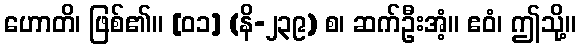
ဟောတိ၊ ဖြစ်၏။ [၀၁] (နိ-၂၃၉) စ၊ ဆက်ဦးအံ့။ ဧဝံ၊ ဤသို့။